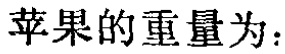
苹果的重量为：